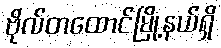
ဗိုလ်တထောင်မြို့နယ်ရှိ